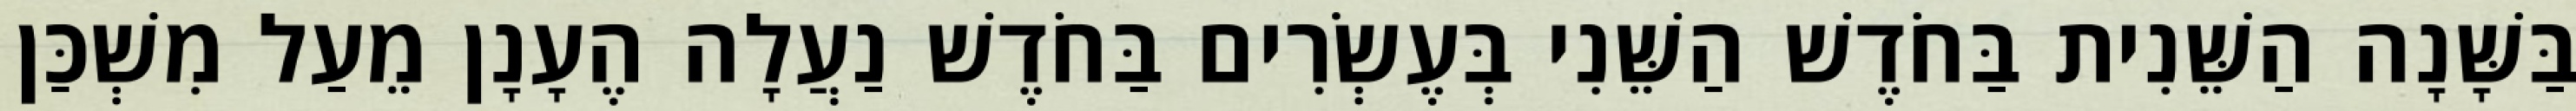
בַּשָּׁנָה הַשֵּׁנִית בַּחֹדֶשׁ הַשֵּׁנִי בְּעֶשְׂרִים בַּחֹדֶשׁ נַעֲלָה הֶעָנָן מֵעַל מִשְׁכַּן